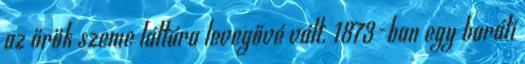
az őrök szeme láttára levegővé vált. 1873-ban egy baráti